system: You are a helpful assistant.
user:
Analyze the provided spectrum to determine if it is a **White Dwarf (WD)**.

A White Dwarf spectrum is defined by its **extreme purity** (due to gravitational settling) and/or **extreme pressure broadening** (due to high surface gravity). You must check for one of the following mutually exclusive signatures:

- **Key Visual Indicators (Check for ONE of these types):**

    - **1. DA-Type Signature (Most Common):**
        - **(Primary Feature):** Extreme pressure broadening (Stark broadening) of the **Hydrogen (H) Balmer lines**.
        - **(Key Lines):** $H\beta$ (approx. $4861$ Å) and $H\gamma$ (approx. $4340$ Å). $H\alpha$ (approx. $6563$ Å) will also be present if the wavelength range covers it.
        - **(Line Profile):** This is the **defining feature**. The lines are **NOT** sharp. They appear as massive, **extremely broad and deep "troughs" or "dips"** in the spectrum, often hundreds of Ångströms wide. The continuum will appear to "scoop" down at these wavelengths.
        - **(Distinction):** Normal A-type or B-type stars have *narrow* and *sharp* Hydrogen lines. A DA White Dwarf's lines are unmistakably "smeared" or "blurry" from pressure.

    - **2. DB-Type Signature:**
        - **(Primary Feature):** Broad absorption lines from **Neutral Helium (He I)**. The spectrum must lack any visible Hydrogen lines.
        - **(Key Lines):** Look for broad absorption near $4471$ Å, $4921$ Å, and $5876$ Å.
        - **(Line Profile):** These lines are also significantly pressure-broadened, appearing much wider than they would in a normal B-type main-sequence star.

    - **3. DC-Type Signature:**
        - **(Primary Feature):** A **featureless continuous spectrum**.
        - **(Line Profile):** The spectrum is a smooth curve with **no significant absorption or emission lines**.
        - **(Key Confirmation):** The continuum is almost always **blue or white**, indicating a hot object. This signature implies the atmosphere is so pure (or so cool) that no spectral lines are visible in the optical range. Its WD identity is confirmed by its extremely low intrinsic brightness (high absolute magnitude).

    - **4. DZ-Type Signature (Metal-Polluted):**
        - **(Primary Feature):** **Isolated, narrow metal absorption lines** on an otherwise featureless (DC-like) continuum.
        - **(Key Lines):** The **Calcium (Ca II) H & K doublet** (approx. **$3934$ Å** and **$3968$ Å**) is the most common and defining feature.
        - **(Line Profile):** These lines are "out of place." They are *not* part of a "forest" of thousands of lines. This signature is evidence of recent *accretion* (pollution) from rocky debris.
        - **(Distinction):** Normal G/K/M stars have a *dense forest* of thousands of metal lines. A DZ has a *clean* continuum with *only a few* strong metal lines.

    - **5. DQ-Type Signature (Carbon-Polluted):**
        - **(Primary Feature):** Absorption bands from **Carbon (C₂ "Swan Bands" or atomic C I)**.
        - **(Key Lines - C₂):** Look for bandheads with a "saw-tooth" shape near $5635$ Å, **$5165$ Å** (strongest), and $4737$ Å.
        - **(Key Confirmation):** The underlying **continuum must be blue or white** (hot).
        - **(Distinction):** This is the critical difference from a **Carbon Star**, which has the *exact same* C₂ bands but on an extremely **red, cool** continuum.

- **(Overall Spectrum):**
    - The continuum (overall shape) is typically **blue-sloping** (brighter in the blue than the red), as most white dwarfs are very hot.
    - The spectrum will look "pure" or "simple," dominated by only *one* of the five signatures listed above.

Think first, call **spectral_visualization_tool** if needed to examine features in detail, then provide your final answer. Your response must adhere to the following strict rules:
1.  **Overall Structure:** Your response must follow the format `<think>...</think> <tool_call>...</tool_call> (if a tool is used) <answer>...</answer>`.
2.  **Tool Usage Constraint:** You may only make **one** tool call per turn.
3.  **Final Answer Format:** In the `<answer>` tag, your conclusion must be inside a `\boxed{}` command (e.g., `\boxed{YES}` or `\boxed{NO}`), followed by your justification.

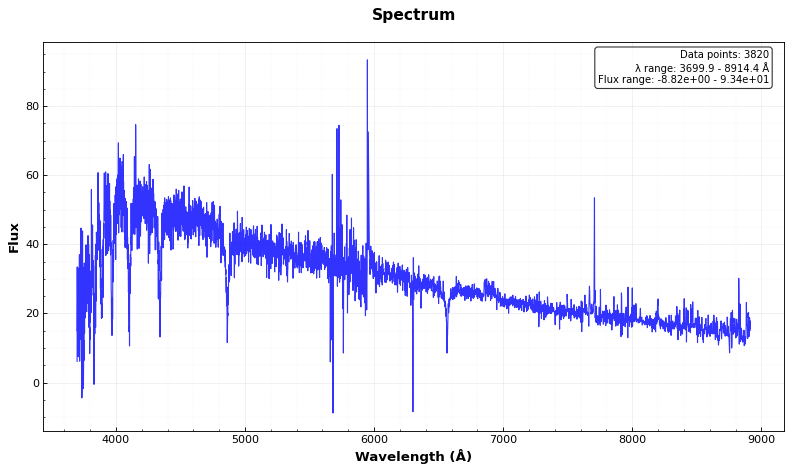
Answer: YES